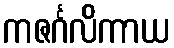
ကဇင်္ဂလိကာယ